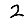
Digit: 2